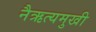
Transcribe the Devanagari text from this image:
नैऋत्यमुखी